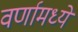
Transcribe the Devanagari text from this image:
वर्णामध्ये